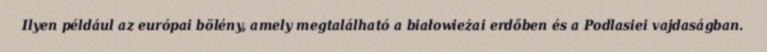
Ilyen például az európai bölény, amely megtalálható a białowieżai erdőben és a Podlasiei vajdaságban.